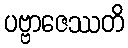
ပဗ္ဗာဇေဿတိ